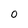
Character: 0